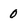
Character: 0